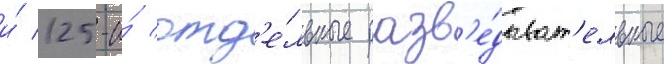
и́ 125-и́ отд'е́льные разв'е́дыват'ельные